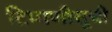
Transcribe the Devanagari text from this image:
टिप्पणीसूची